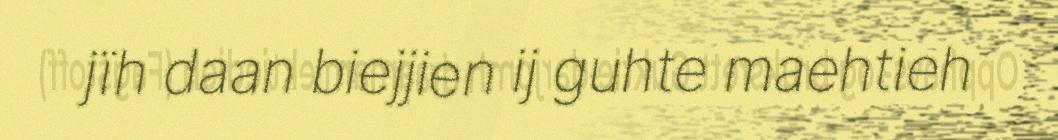
jïh daan biejjien ij guhte maehtieh